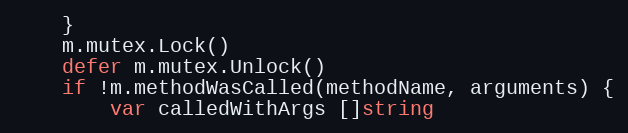
Language: Go
	}
	m.mutex.Lock()
	defer m.mutex.Unlock()
	if !m.methodWasCalled(methodName, arguments) {
		var calledWithArgs []string